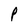
Character: P